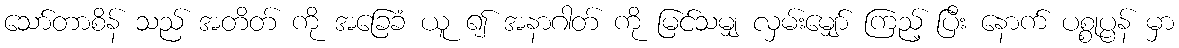
သော်တာစိန် သည် အတိတ် ကို အခြေခံ ယူ ၍ အနာဂါတ် ကို မြင်သမျှ လှမ်းမျှော် ကြည့် ပြီး နောက် ပစ္စုပ္ပန် မှာ